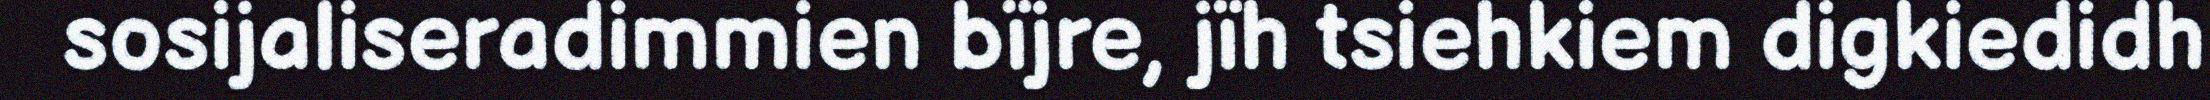
sosijaliseradimmien bïjre, jïh tsiehkiem digkiedidh